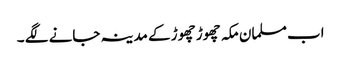
اب مسلمان مکہ چھوڑ چھوڑ کے مدینہ جانے لگے ۔